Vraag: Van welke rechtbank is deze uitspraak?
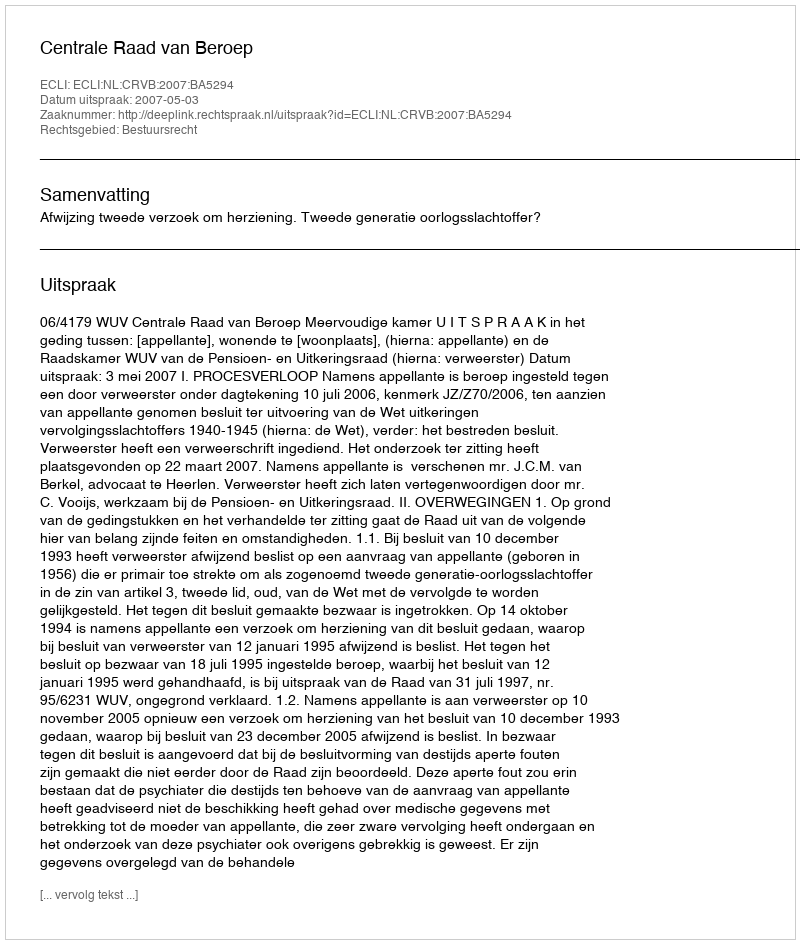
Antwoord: Centrale Raad van Beroep